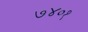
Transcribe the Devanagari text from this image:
७४०१